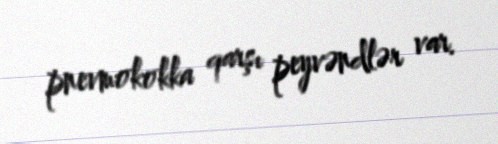
pnevmokokka qarşı peyvəndlər var.